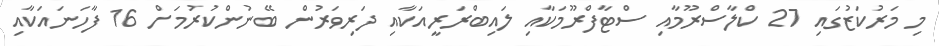
މި މަރުކަޒުގައި 27 ކްލާސްރޫމާއި ސްޓާފްރޫމަކާއި ލައިބްރަރީއަކާއި ދަރިވަރުން ބޭނުންކުރުމަށް 16 ފާހަނައަކާއި